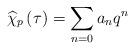
LaTeX: \begin{align*}\widehat{\chi }_{p}\left( \tau \right) =\sum _{n=0}a_{n}q^{n}\end{align*}